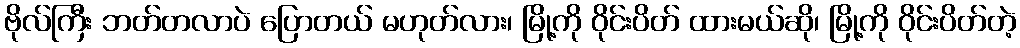
ဗိုလ်ကြီး ဘတ်တလာပဲ ပြောတယ် မဟုတ်လား၊ မြို့ကို ဝိုင်းပိတ် ထားမယ်ဆို၊ မြို့ကို ဝိုင်းပိတ်တဲ့